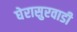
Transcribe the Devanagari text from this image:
घेरासुरवाडी